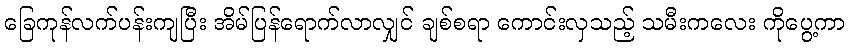
ခြေကုန်လက်ပန်းကျပြီး အိမ်ပြန်ရောက်လာလျှင် ချစ်စရာ ကောင်းလှသည့် သမီးကလေး ကိုပွေ့ကာ